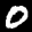
Label: 0